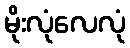
မိုးလုံလေလုံ